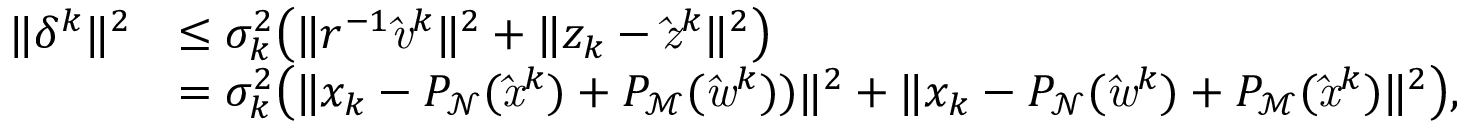
\begin{array} { r l } { \| \delta ^ { k } \| ^ { 2 } } & { \leq \sigma _ { k } ^ { 2 } \big ( \| r ^ { - 1 } \mathit { \hat { v } } ^ { k } \| ^ { 2 } + \| z _ { k } - \mathit { \hat { z } } ^ { k } \| ^ { 2 } \big ) } \\ & { = \sigma _ { k } ^ { 2 } \big ( \| x _ { k } - P _ { \mathrm { \mathcal { N } } } ( \mathit { \hat { x } } ^ { k } ) + P _ { \mathrm { \mathcal { M } } } ( \mathit { \hat { w } } ^ { k } ) ) \| ^ { 2 } + \| x _ { k } - P _ { \mathrm { \mathcal { N } } } ( \mathit { \hat { w } } ^ { k } ) + P _ { \mathrm { \mathcal { M } } } ( \mathit { \hat { x } } ^ { k } ) \| ^ { 2 } \big ) , } \end{array}